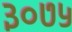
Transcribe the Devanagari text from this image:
३०७५